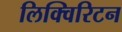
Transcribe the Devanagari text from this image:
लिक्विरिटन